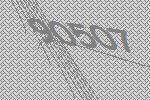
90507